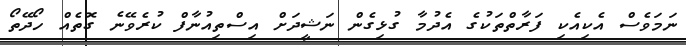
ނަމަވެސް އެކިއެކި ފަރާތްތަކުގެ އެދުމާ ގުޅިގެން ނަޝީދަށް އިސްތިއުނާފް ކުރެވޭނެ ގޮތެއް ހޯދޭތޯ